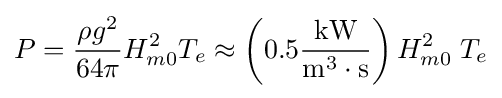
P={\frac {\rho g^{2}}{64\pi }}H_{m0}^{2}T_{e}\approx \left(0.5{\frac {\text{kW}}{{\text{m}}^{3}\cdot {\text{s}}}}\right)H_{m0}^{2}\;T_{e}